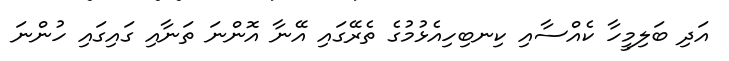
އަދި ބަލިމީހާ ކެއްސާއި ކިނބިހިއެޅުމުގެ ތެރޭގައި އޭނާ އޮންނަ ތަނާއި ގައިގައި ހުންނަ